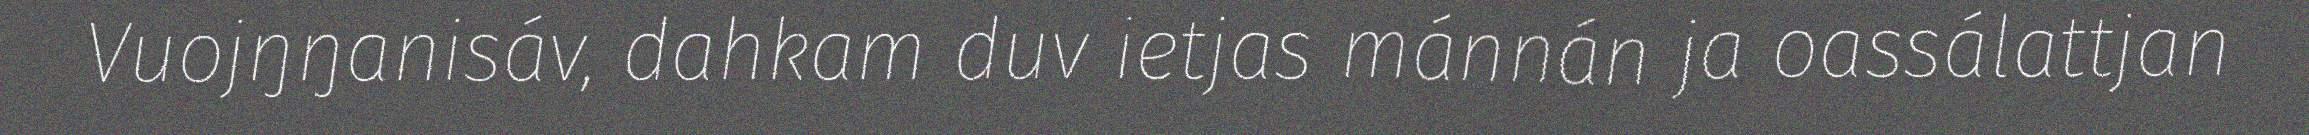
Vuojŋŋanisáv, dahkam duv ietjas mánnán ja oassálattjan